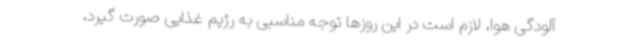
آلودگی هوا، لازم است در این روزها توجه مناسبی به رژیم غذایی صورت گیرد،